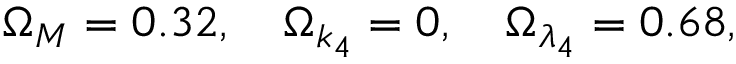
\Omega _ { M } = 0 . 3 2 , \quad \Omega _ { k _ { 4 } } = 0 , \quad \Omega _ { \lambda _ { 4 } } = 0 . 6 8 ,